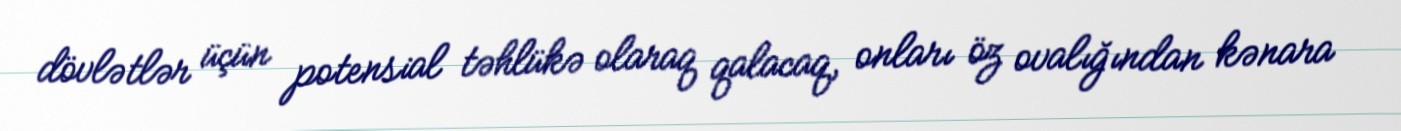
dövlətlər üçün potensial təhlükə olaraq qalacaq, onları öz ovalığından kənara